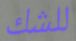
للشك